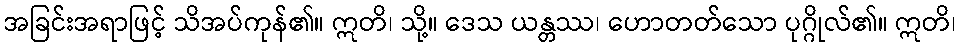
အခြင်းအရာဖြင့် သိအပ်ကုန်၏။ ဣတိ၊ သို့။ ဒေသ ယန္တဿ၊ ဟောတတ်သော ပုဂ္ဂိုလ်၏။ ဣတိ၊